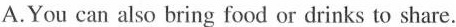
A.You can also bring food or drinks to share.